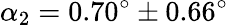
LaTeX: \alpha_{2}=0.70^{\circ}\pm 0.66^{\circ}